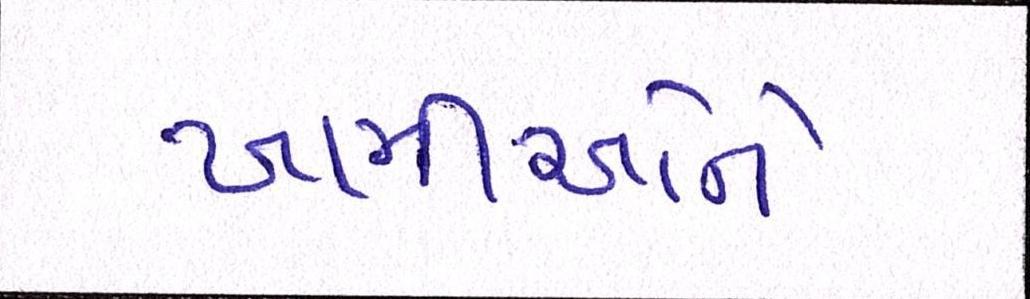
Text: ખામીઓને